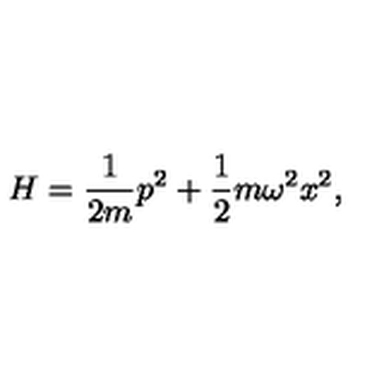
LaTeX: H = \frac { 1 } { 2 m } p ^ { 2 } + \frac { 1 } { 2 } m \omega ^ { 2 } x ^ { 2 } ,